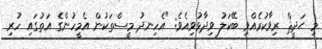
މި ޙަދީޘް ރިވާކުރެއްވި ބޭކަލު ވިދާޅުވިއެވެ: "އެހިނދު މީސްތަކުން އެމީހުންގެ އަތުގައި ހުރި